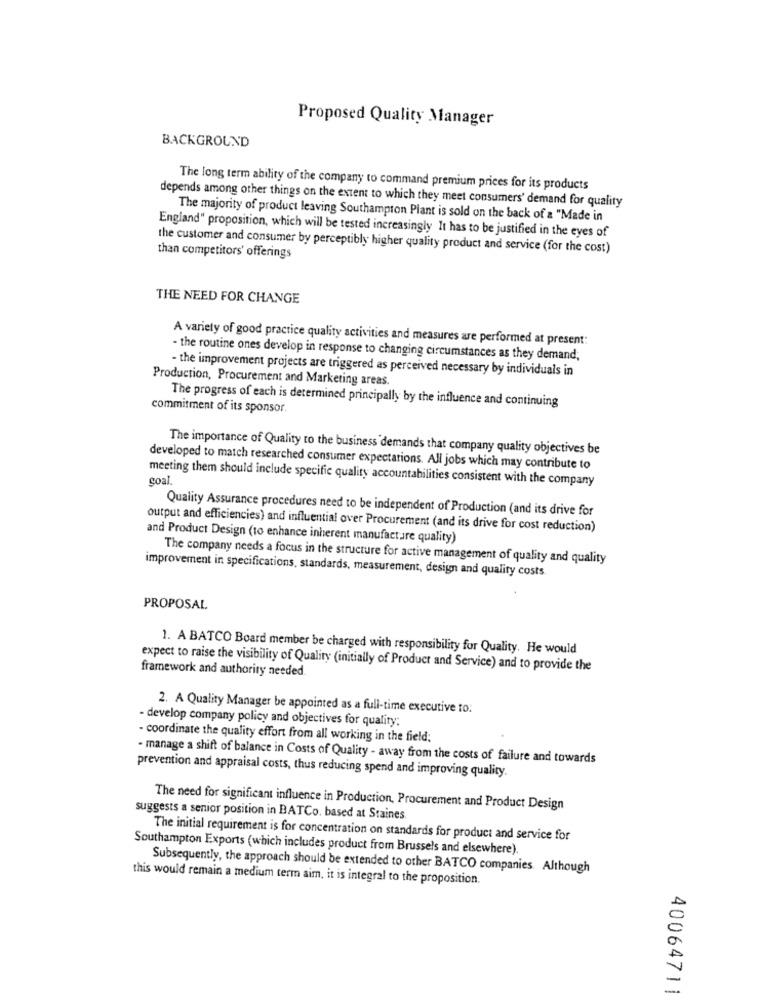
Proposed Quality Manager
BACKGROUND
The long term ability of the company to command premium prices for its products
depends among other things on the extent to which they meet consumers' demand for quality
The majority of product leaving Southampton Plant is sold on the back of a "Made in
England" proposition, which will be tested increasingly It has to be justified in the eyes of
the customer and consumer by perceptibly higher quality product and service (for the cost)
than competitors' offerings
THE NEED FOR CHANGE
A variety of good practice quality activities and measures are performed at present:
- the routine ones develop in response to changing circumstances as they demand,
- the improvement projects are triggered as perceived necessary by individuals in
Production, Procurement and Marketing areas.
The progress of each is determined principally by the influence and continuing
commitment of its sponsor.
The importance of Quality to the business demands that company quality objectives be
developed to match researched consumer expectations. All jobs which may contribute to
goal
meeting them should include specific quality accountabilities consistent with the company
Quality Assurance procedures need to be independent of Production (and its drive for
output and efficiencies) and influential over Procurement (and its drive for cost reduction)
and Product Design (to enhance inherent manufacture quality)
The company needs a focus in the structure for active management of quality and quality
improvement in specifications, standards, measurement, design and quality costs.
PROPOSAL
1. A BATCO Board member be charged with responsibility for Quality. He would
framework and authority needed
expect to raise the visibility of Quality (initially of Product and Service) and to provide the
2. A Quality Manager be appointed as a full-time executive to:
- develop company policy and objectives for quality:
- coordinate the quality effort from all working in the field;
- manage a shift of balance in Costs of Quality - away from the costs of failure and towards
prevention and appraisal costs, thus reducing spend and improving quality.
The need for significant influence in Production, Procurement and Product Design
suggests a senior position in BATCo. based at Staines
The initial requirement is for concentration on standards for product and service for
Southampton Exports (which includes product from Brussels and elsewhere)
Subsequently, the approach should be extended to other BATCO companies. Although
this would remain a medium term aim, it is integral to the proposition.
A
-
40064711